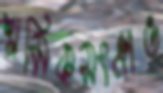
শ্রমিকসংক্রান্ত